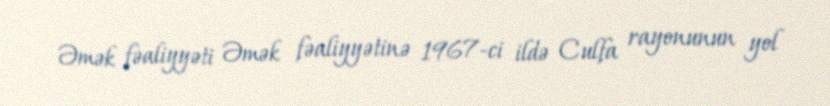
Əmək fəaliyyəti Əmək fəaliyyətinə 1967-ci ildə Culfa rayonunun yol